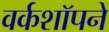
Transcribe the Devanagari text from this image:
वर्कशॉपने